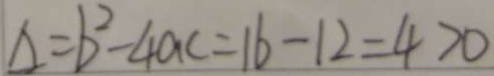
\Delta = b ^ { 2 } - 4 a c = 1 6 - 1 2 = 4 > 0